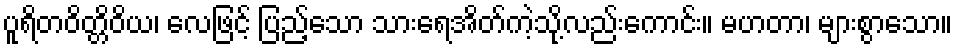
ပူရိတဝိတ္တိဝိယ၊ လေဖြင့် ပြည့်သော သားရေအိတ်ကဲ့သို့လည်းကောင်း။ မဟတာ၊ များစွာသော။